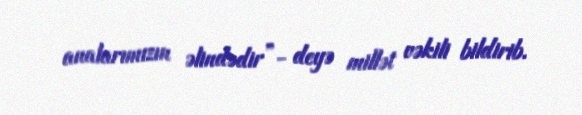
analarımızın əlindədir”- deyə millət vəkili bildirib.